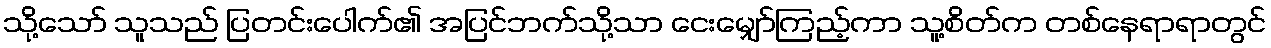
သို့သော် သူသည် ပြတင်းပေါက်၏ အပြင်ဘက်သို့သာ ငေးမျှော်ကြည့်ကာ သူ့စိတ်က တစ်နေရာရာတွင်